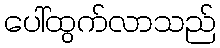
ပေါ်ထွက်လာသည်